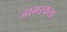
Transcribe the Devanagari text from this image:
जागरकता